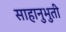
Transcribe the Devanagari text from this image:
साहानुभुती